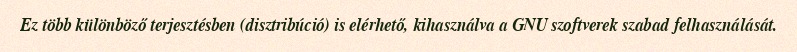
Ez több különböző terjesztésben (disztribúció) is elérhető, kihasználva a GNU szoftverek szabad felhasználását.